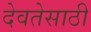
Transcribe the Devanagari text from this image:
देवतेसाठी